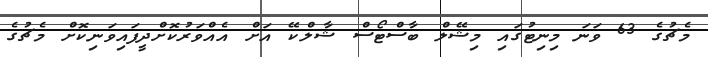
މެޗުގެ 63 ވަނަ މިނިޓުގައި މިޝޭލް ބާސްޓޯސް ޝާލްކޭ އަށް އެއްވަރުކޮށްދީފައިވަނިކޮށް މެޗުގެ